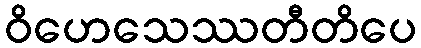
ဝိဟေသေဿတီတိပေ